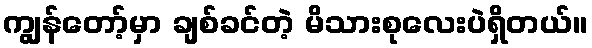
ကျွန်တော့်မှာ ချစ်ခင်တဲ့ မိသားစုလေးပဲရှိတယ်။